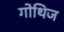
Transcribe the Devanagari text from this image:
गोथिज